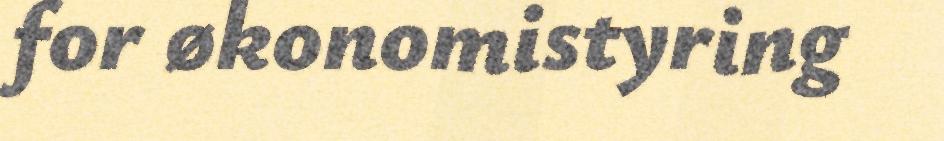
for økonomistyring